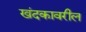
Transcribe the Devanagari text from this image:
खंदकावरील